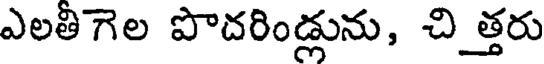
ఎలతిగెల పొదరిండ్లును, చి_త్తరు